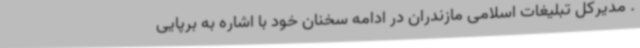
. مدیرکل تبلیغات اسلامی مازندران در ادامه سخنان خود با اشاره به برپایی